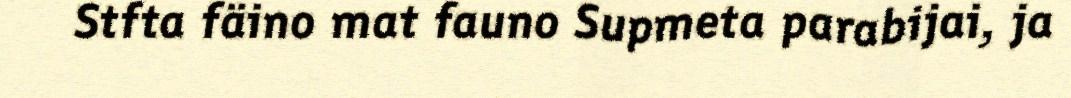
Stfta fäino mat fauno Supmeta parabijai, ja